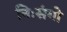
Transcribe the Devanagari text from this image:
निःसंगो